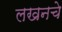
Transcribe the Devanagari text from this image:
लखनचे